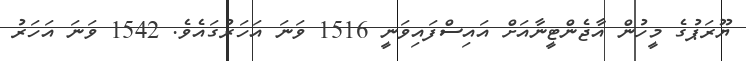
ޔޫރަޕުގެ މީހުން އާޖެންޓީނާއަށް އައިސްފައިވަނީ 1516 ވަނަ އަހަރުގައެވެ. 1542 ވަނަ އަހަރު